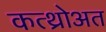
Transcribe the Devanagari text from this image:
कत्थ्रोअत